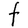
Character: t